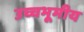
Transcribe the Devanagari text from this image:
उच्चभूमीय